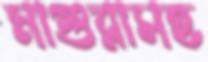
মাগুরাসহ